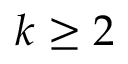
k \geq 2